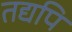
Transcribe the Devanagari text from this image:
तद्यपि